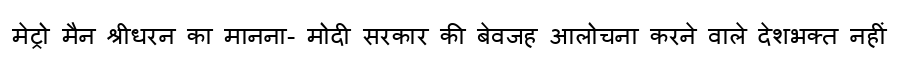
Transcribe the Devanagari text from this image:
मेट्रो मैन श्रीधरन का मानना- मोदी सरकार की बेवजह आलोचना करने वाले देशभक्त नहीं